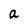
Character: a